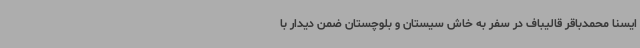
ایسنا محمدباقر قالیباف در سفر به خاش سیستان و بلوچستان ضمن دیدار با